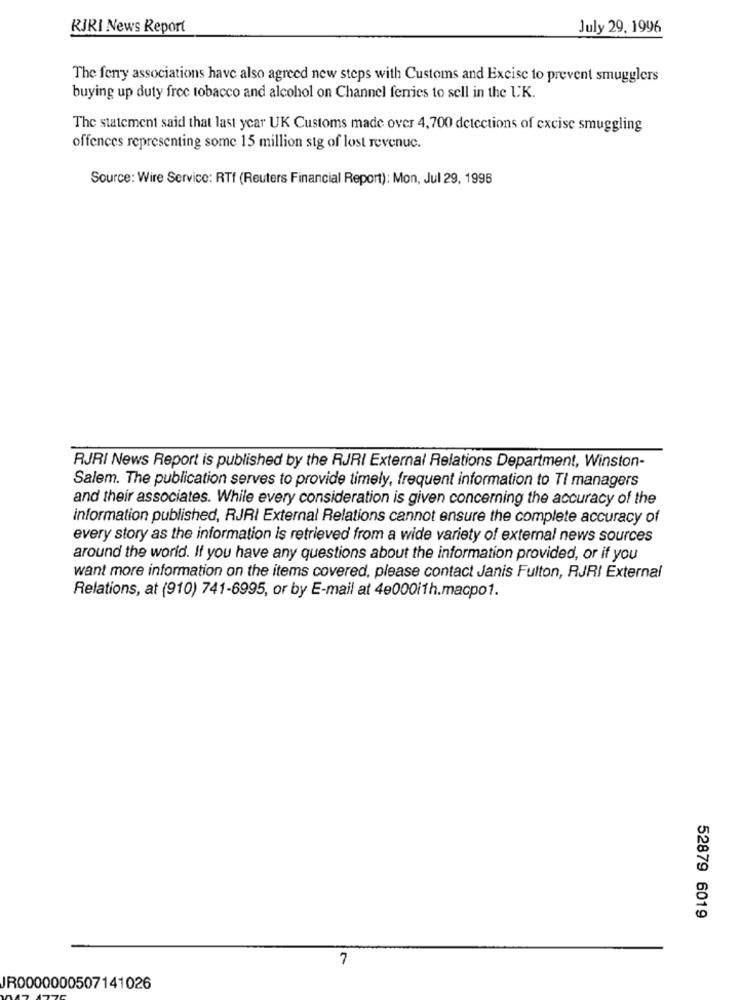
RJRI News Report
July 29, 1996
The ferry associations have also agreed new steps with Customs and Excise to prevent smugglers
buying up duty free tobacco and alcohol on Channel ferries to sell in the UK.
The statement said that last year UK Customs made over 4,700 detections of excise smuggling
offences representing some 15 million stg of lost revenuc.
Source: Wire Service: RTf (Reuters Financial Report): Mon, Jul 29, 1995
RJRI News Report is published by the RJRI External Relations Department, Winston-
Salem. The publication serves to provide timely, frequent information to Tl managers
and their associates. While every consideration is given concerning the accuracy of the
information published, RJRI External Relations cannot ensure the complete accuracy of
every story as the information is retrieved from a wide variety of external news sources
around the world. If you have any questions about the information provided, or if you
want more information on the items covered, please contact Janis Fulton, RJRI External
Relations, at (910) 741-6995, or by E-mail at 4e000i1h.macpo1.
52879 6019
7
JR0000000507141026